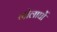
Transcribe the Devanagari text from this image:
गोलार्घो